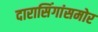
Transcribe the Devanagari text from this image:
दारासिंगांसमोर